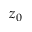
z _ { 0 }